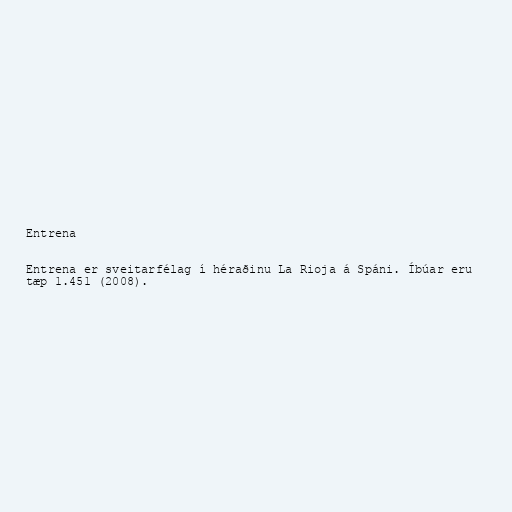
Entrena

Entrena er sveitarfélag í héraðinu La Rioja á Spáni. Íbúar eru
tæp 1.451 (2008).